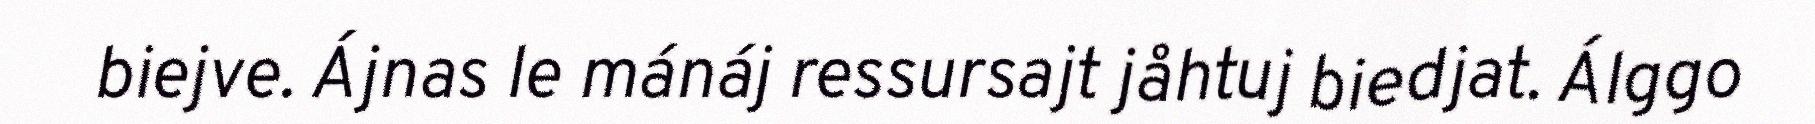
biejve. Ájnas le mánáj ressursajt jåhtuj biedjat. Álggo